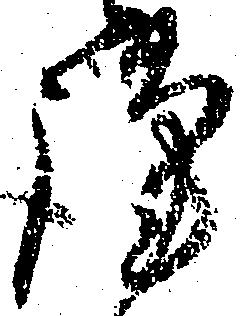
謹